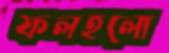
ফলহলো